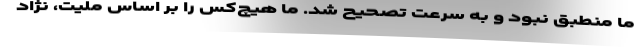
ما منطبق نبود و به سرعت تصحیح شد. ما هیچ‌کس را بر اساس ملیت، نژاد